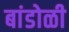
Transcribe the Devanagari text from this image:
बांडोळी